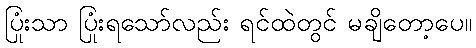
ပြုံးသာ ပြုံးရသော်လည်း ရင်ထဲတွင် မချိတော့ပေ။